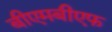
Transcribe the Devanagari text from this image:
बीएमबीएफ